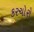
કરચોરો